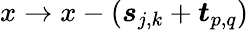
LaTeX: x\rightarrow x-\left(\boldsymbol{s}_{j,k}+\boldsymbol{t}_{p,q}\right)